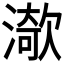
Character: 𱨧